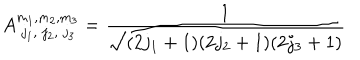
A _ { \; j _ { 1 } , \; j _ { 2 } , \; j _ { 3 } } ^ { m _ { 1 } , m _ { 2 } , m _ { 3 } } = \frac { 1 } { \sqrt { ( 2 j _ { 1 } + 1 ) ( 2 j _ { 2 } + 1 ) ( 2 j _ { 3 } + 1 ) } }